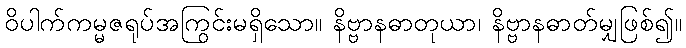
ဝိပါက်ကမ္မဇရုပ်အကြွင်းမရှိသော။ နိဗ္ဗာနဓာတုယာ၊ နိဗ္ဗာနဓာတ်မျှဖြစ်၍။